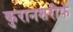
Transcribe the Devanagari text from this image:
कुरानशरीफ